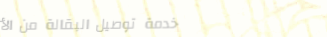
خدمة توصيل البقالة من الأ